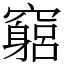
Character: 竆